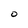
Character: O